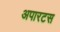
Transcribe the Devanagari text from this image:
अपारटस